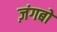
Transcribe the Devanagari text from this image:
ज़ंगबो